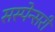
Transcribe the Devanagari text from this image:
सस्पेन्सरी